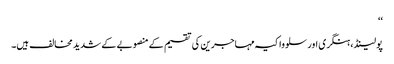
‘‘
پولینڈ، ہنگری اور سلوواکیہ مہاجرین کی تقسیم کے منصوبے کے شدید مخالف ہیں۔